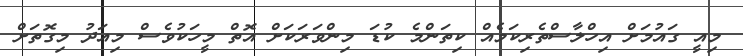
މިއީ ގައުމަށް އިހްލާސްތެރިކަމެއް ކިތަންމެ ކުޑަ މިންވަރަކަށް އޮތް މީހަކުވެސް މިއަދު މިގޮތަށް